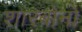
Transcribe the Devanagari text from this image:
शारबोनो